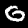
Digit: 0